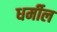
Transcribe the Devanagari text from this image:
धर्मील